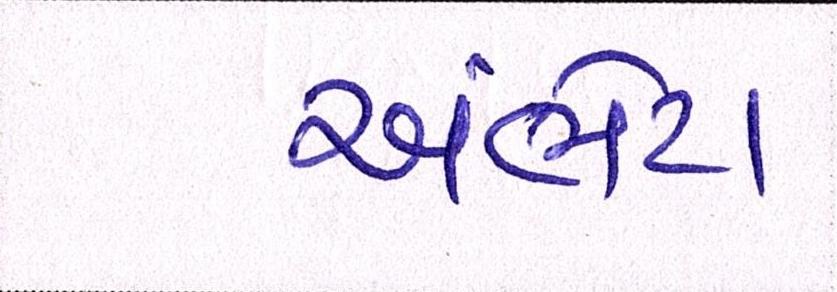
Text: અંભેટા